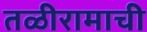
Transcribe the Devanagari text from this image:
तळीरामाची